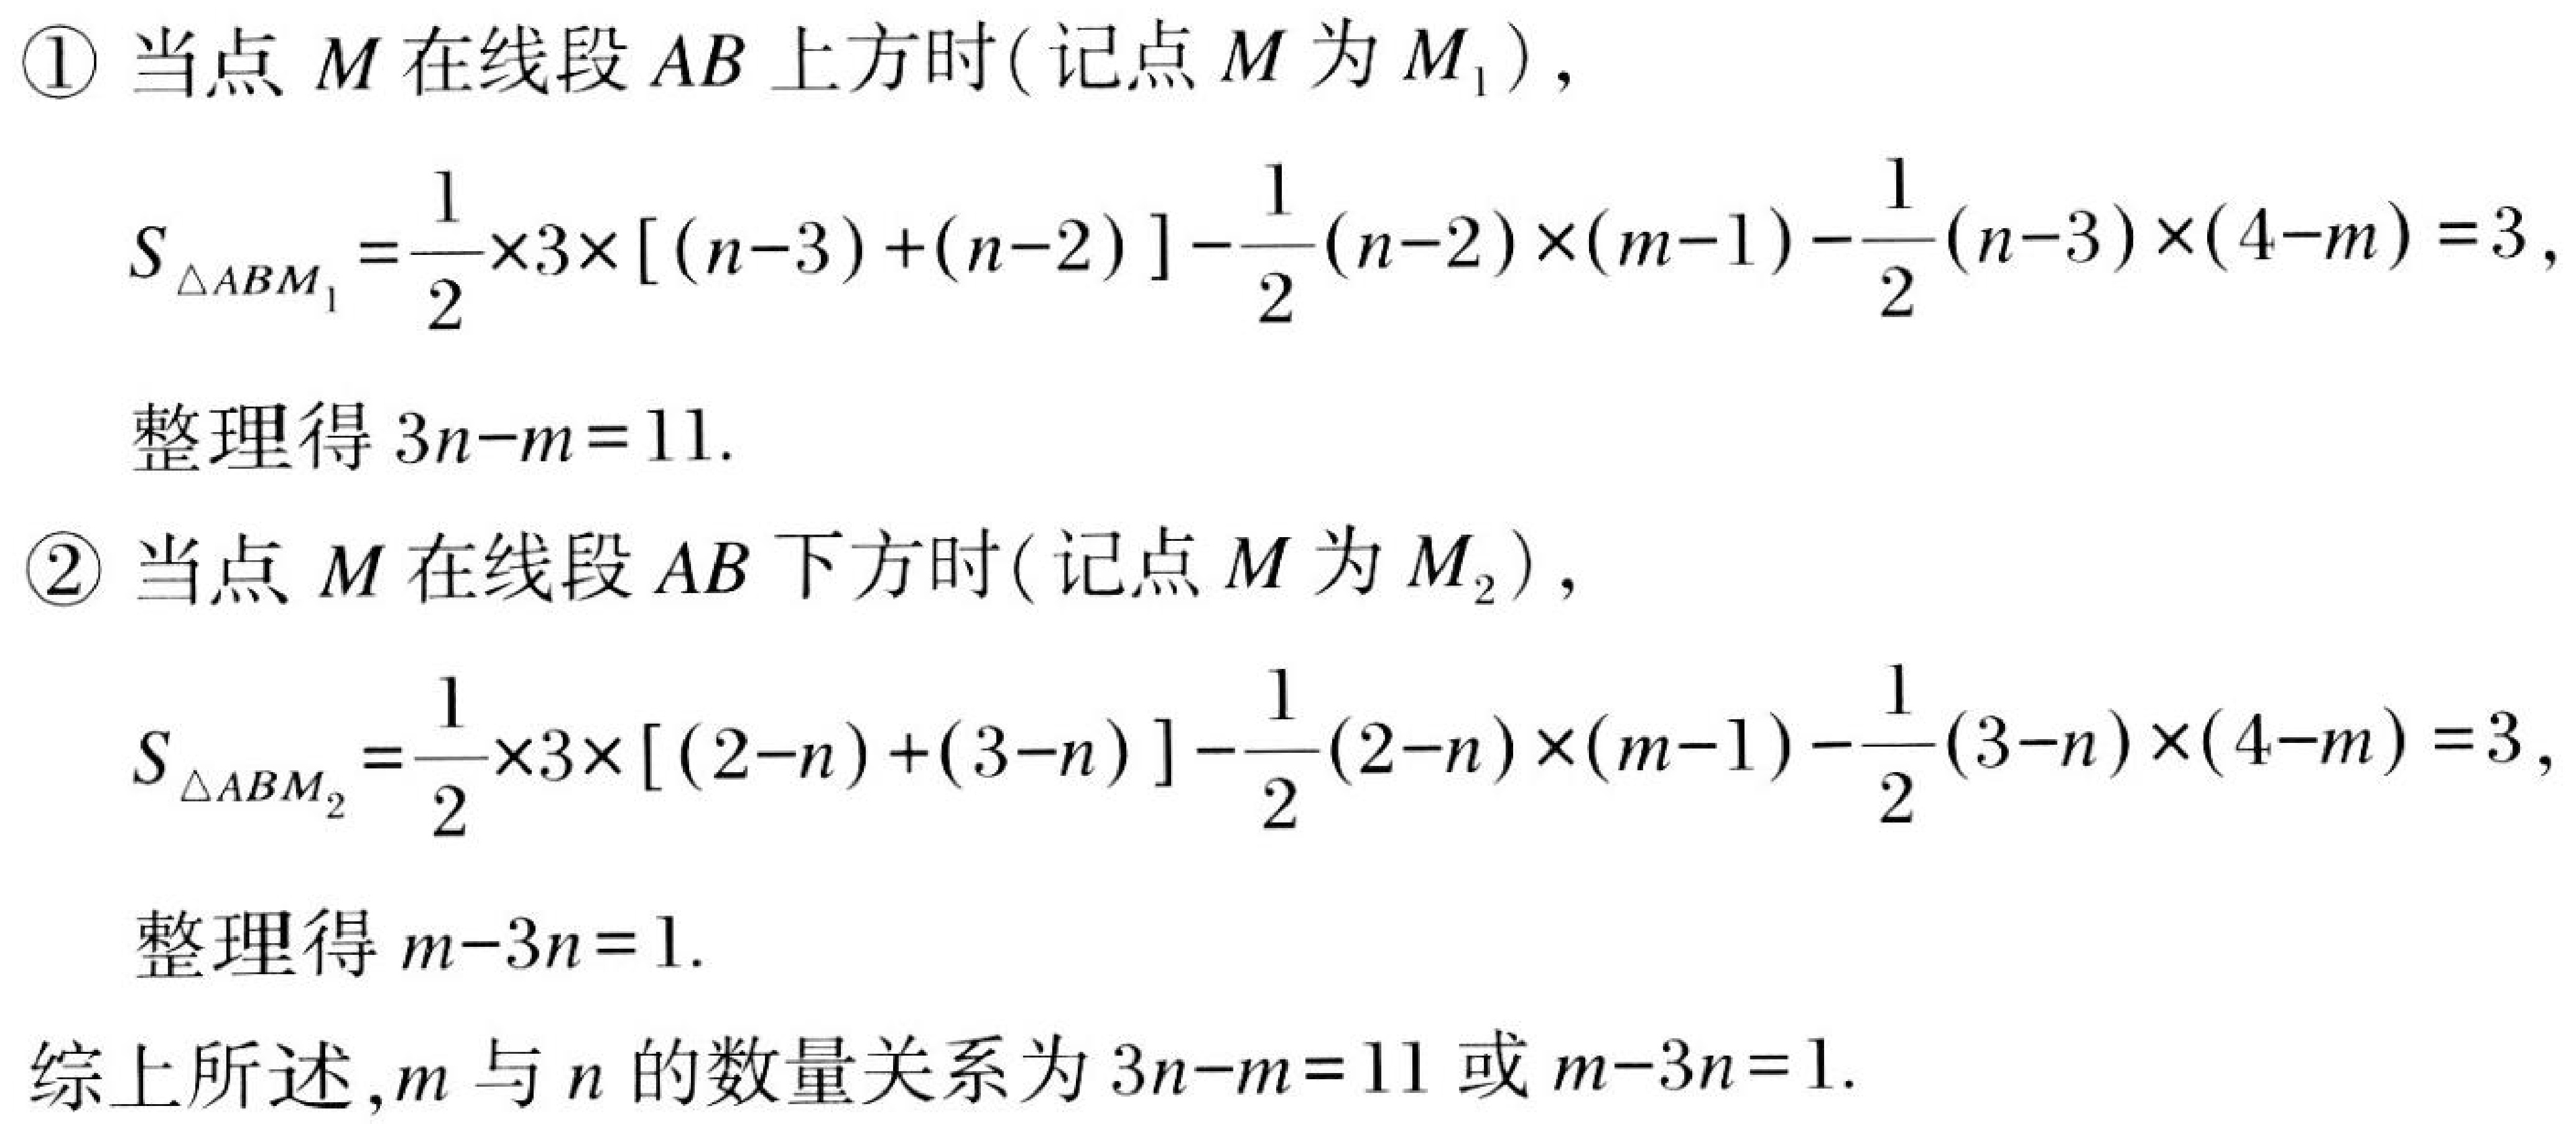
\textcircled{1}当点 \(M\) 在线段 \(AB\) 上方时(记点 \(M\) 为 \(M_{1}\))，
\[
S_{\triangle ABM_{1}}=\frac{1}{2}\times3\times[(n - 3)+(n - 2)]-\frac{1}{2}(n - 2)\times(m - 1)-\frac{1}{2}(n - 3)\times(4 - m)=3,
\]
整理得 \(3n - m = 11\).
\textcircled{2}当点 \(M\) 在线段 \(AB\) 下方时(记点 \(M\) 为 \(M_{2}\))，
\[
S_{\triangle ABM_{2}}=\frac{1}{2}\times3\times[(2 - n)+(3 - n)]-\frac{1}{2}(2 - n)\times(m - 1)-\frac{1}{2}(3 - n)\times(4 - m)=3,
\]
整理得 \(m - 3n = 1\).
综上所述，\(m\) 与 \(n\) 的数量关系为 \(3n - m = 11\) 或 \(m - 3n = 1\).